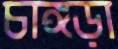
চাঙ্গড়া